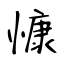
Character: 慷